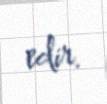
edir.